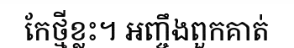
កែថ្មីខ្លះ។ អញ្ចឹងពួកគាត់